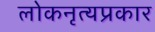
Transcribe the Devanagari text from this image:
लोकनृत्यप्रकार